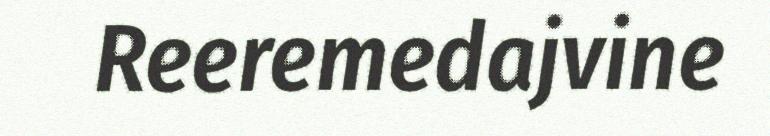
Reeremedajvine